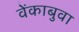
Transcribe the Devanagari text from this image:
वेंकाबुवा